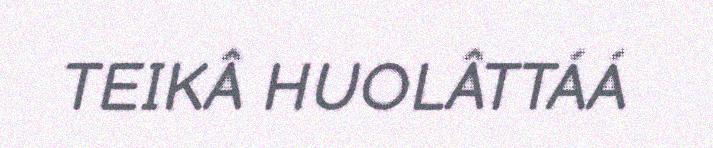
TEIKÂ HUOLÂTTÁÁ